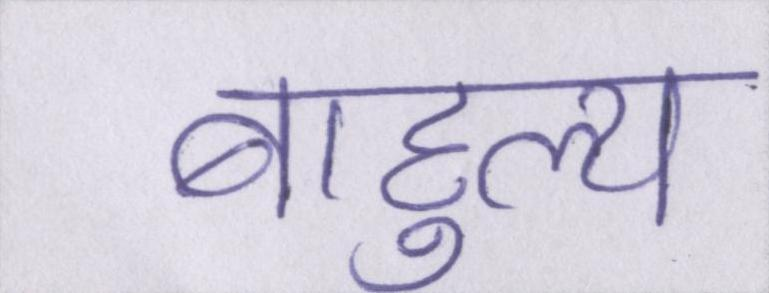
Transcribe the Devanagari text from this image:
बाहुल्य